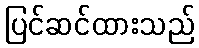
ပြင်ဆင်ထားသည်